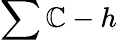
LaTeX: \sum\mathbb{C}-h